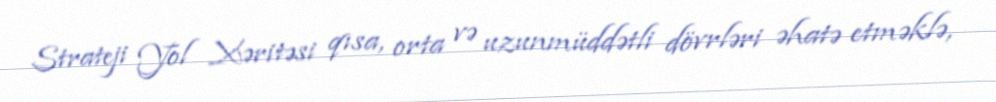
Strateji Yol Xəritəsi qısa, orta və uzunmüddətli dövrləri əhatə etməklə,